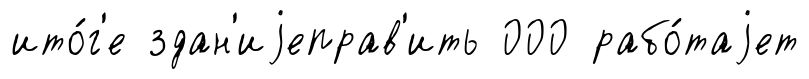
ито́г'е здан'иjеправ'ить 000 рабо́таjет